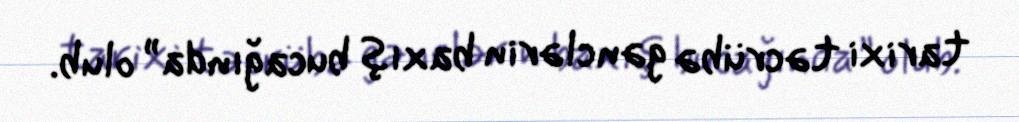
tarixi təcrübə gənclərin baxış bucağında” olub.